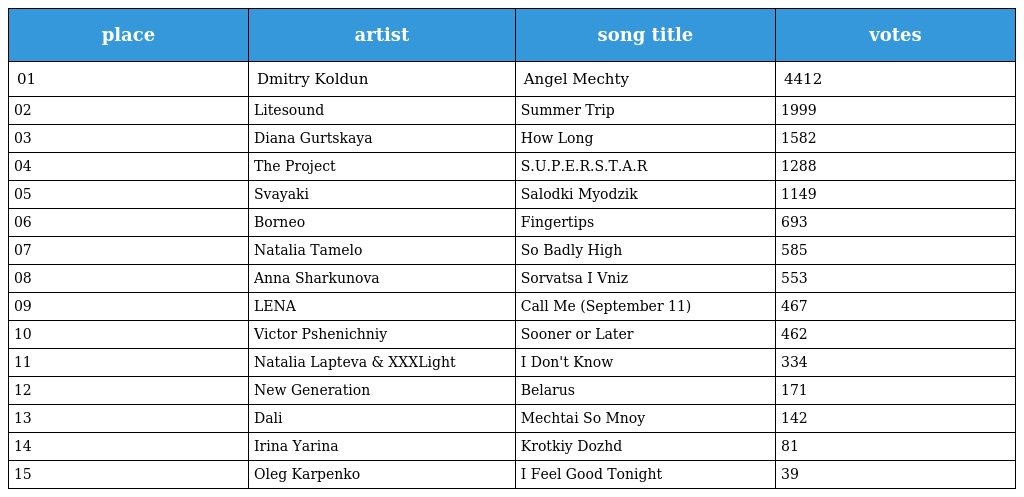
| place | artist | song title | votes |
 | --- | --- | --- | --- |
 | 01 | Dmitry Koldun | Angel Mechty | 4412 |
 | 02 | Litesound | Summer Trip | 1999 |
 | 03 | Diana Gurtskaya | How Long | 1582 |
 | 04 | The Project | S.U.P.E.R.S.T.A.R | 1288 |
 | 05 | Svayaki | Salodki Myodzik | 1149 |
 | 06 | Borneo | Fingertips | 693 |
 | 07 | Natalia Tamelo | So Badly High | 585 |
 | 08 | Anna Sharkunova | Sorvatsa I Vniz | 553 |
 | 09 | LENA | Call Me (September 11) | 467 |
 | 10 | Victor Pshenichniy | Sooner or Later | 462 |
 | 11 | Natalia Lapteva & XXXLight | I Don't Know | 334 |
 | 12 | New Generation | Belarus | 171 |
 | 13 | Dali | Mechtai So Mnoy | 142 |
 | 14 | Irina Yarina | Krotkiy Dozhd | 81 |
 | 15 | Oleg Karpenko | I Feel Good Tonight | 39 |